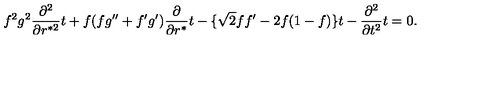
f ^ { 2 } g ^ { 2 } { \frac { \partial ^ { 2 } } { \partial r ^ { * 2 } } } t + f ( f g ^ { \prime \prime } + f ^ { \prime } g ^ { \prime } ) { \frac { \partial } { \partial r ^ { * } } } t - \{ \sqrt 2 f f ^ { \prime } - 2 f ( 1 - f ) \} t - { \frac { \partial ^ { 2 } } { \partial t ^ { 2 } } } t = 0 .